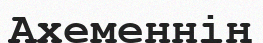
Ахеменнің